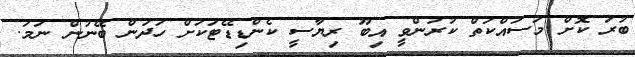
ބުރަ ކޮށް މަސައްކަތް ކުރަންވީ އިބޫ ރިޔާސީ ކެންޑިޑޭޓަކަށް ހަދަން ބޭނުން ނަމަ.